Vaccination in Burma 1920-1933 - 1920-1933
Year: 1920
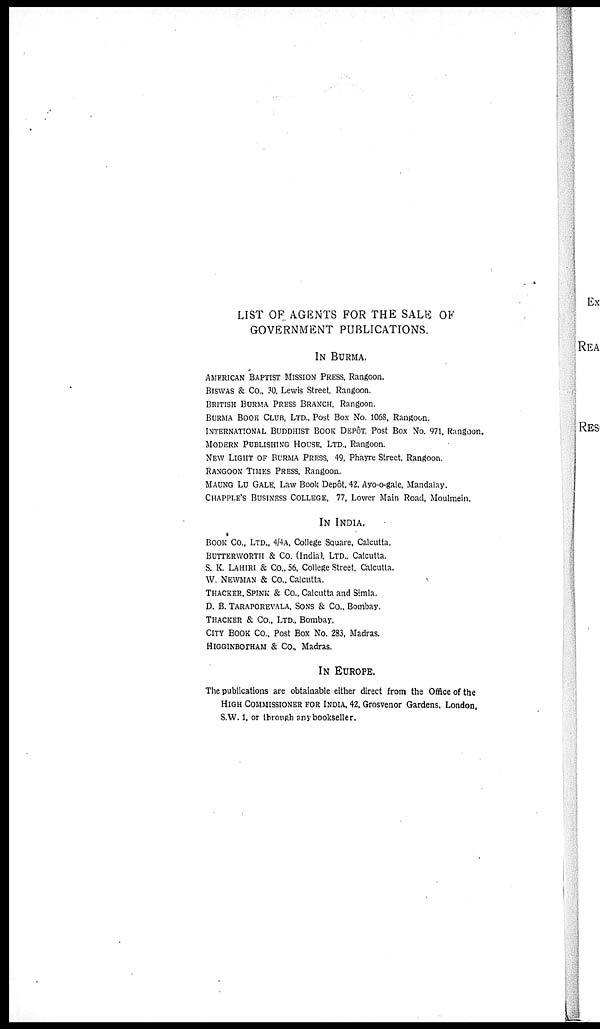
LIST OF AGENTS FOR THE SALE OF
GOVERNMENT PUBLICATIONS.
IN BURMA.
AMERICAN BAPTIST MISSION PRESS, Rangoon.
BISWAS & Co., 30, Lewis Street, Rangoon.
BRITISH BURMA PRESS BRANCH, Rangoon.
BURMA BOOK CLUB, LTD., Post Box No. 1068, Rangoon.
INTERNATIONAL BUDDHIST BOOK DEPÔT. Post Box No. 971, Rangoon.
MODERN PUBLISHING HOUSE, LTD., Rangoon.
NEW LIGHT OF BURMA PRESS, 49, Phayre Street, Rangoon.
RANGOON TIMES PRESS, Rangoon.
MAUNG LU GALE, Law Book Depôt, 42, Ayo-o-gale, Mandalay.
CHAPPLE'S BUSINESS COLLEGE, 77, Lower Main Road, Moulmein.
IN INDIA.
BOOK Co., LTD., 4/4A, College Square, Calcutta.
BUTTERWORTH & Co. (India). LTD., Calcutta.
S. K. LAHIRI & Co., 56, College Street, Calcutta.
W. NEWMAN & Co., Calcutta.
THACKER, SPINK & Co., Calcutta and Simla.
D. B. TARAPOREVALA. SONS & Co., Bombay.
THACKER & Co., LTD., Bombay.
CITY BOOK CO., Post Box No. 283, Madras.
HIGGINBOTHAM & Co., Madras.
IN EUROPE.
The publications are obtainable either direct from the Office of the
HIGH COMMISSIONER FOR INDIA, 42, Grosvenor Gardens, London,
S.W. 1. or through any bookseller.